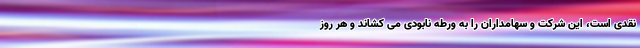
نقدی است، این شرکت و سهامداران را به ورطه نابودی می‌ کشاند و هر روز